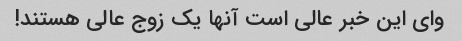
وای این خبر عالی است آنها یک زوج عالی هستند!